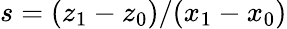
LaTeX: s=(z_{1}-z_{0})/(x_{1}-x_{0})